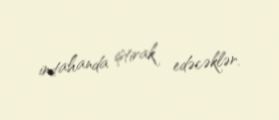
imtahanda iştirak edəcəklər.